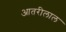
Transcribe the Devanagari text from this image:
आतरीलाल